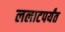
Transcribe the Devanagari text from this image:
ललाटपर्यंत